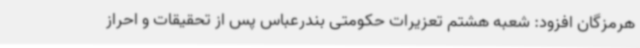
هرمزگان افزود: شعبه هشتم تعزیرات حکومتی بندرعباس پس از تحقیقات و احراز